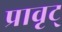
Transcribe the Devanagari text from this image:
प्रावृट्